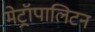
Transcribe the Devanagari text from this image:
मेट्रॉपालिटन